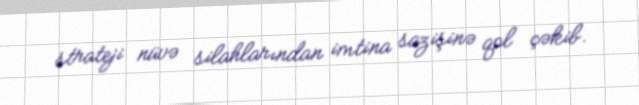
strateji nüvə silahlarından imtina sazişinə qol çəkib.